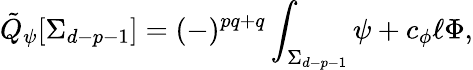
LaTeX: \tilde{Q}_{\psi}[\Sigma_{d-p-1}]=(-)^{pq+q}\int_{\Sigma_{d-p-1}}\psi+c_{\phi}\ell\Phi,